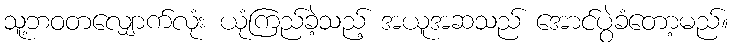
သူ့ဘဝတလျှောက်လုံး ယုံကြည်ခဲ့သည့် အယူအဆသည် အောင်ပွဲခံတော့မည်။